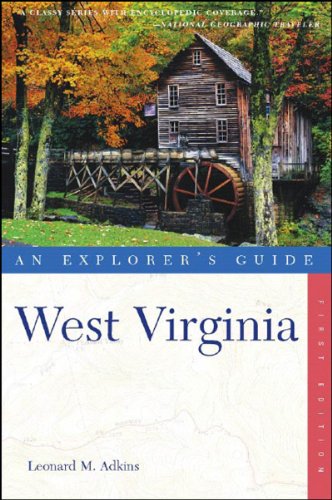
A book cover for West Virginia: An Explorer's Guide (Explorer's Complete); Leonard M. Adkins; Travel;